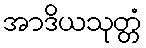
အာဒိယသုတ္တံ